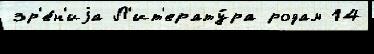
зр'е́н'иjа Л'ит'ерату́ра родам 14